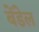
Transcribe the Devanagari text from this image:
बेंडेल